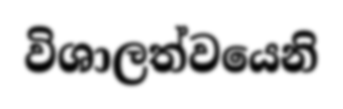
විශාලත්වයෙනි